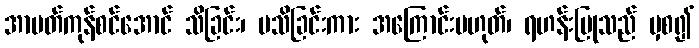
အာပတ်ကုန်စင်အောင် သိခြင်း၊ မသိခြင်းကား အကြောင်းမဟုတ်၊ ရဟန်းပြုသည် မှစ၍